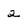
Character: 2